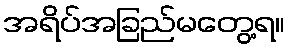
အရိပ်အခြည်မတွေ့ရ။